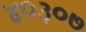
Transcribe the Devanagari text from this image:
४०३०७